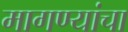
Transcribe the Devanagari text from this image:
मागण्यांचा